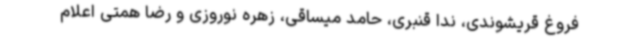
فروغ قریشوندی، ندا قنبری، حامد میساقی، زهره نوروزی و رضا همتی اعلام